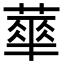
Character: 蕐